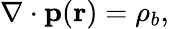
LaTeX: \nabla\cdot\mathbf{p}(\mathbf{r})=\rho_{b},